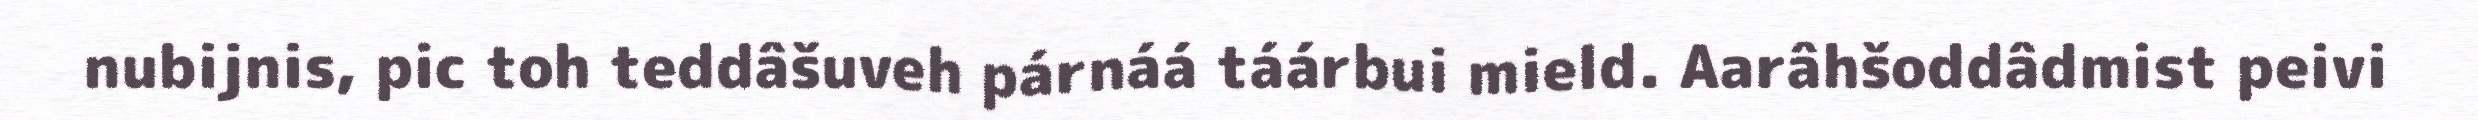
nubijnis, pic toh teddâšuveh párnáá táárbui mield. Aarâhšoddâdmist peivi